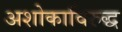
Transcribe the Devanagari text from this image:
अशोकाविरुद्ध